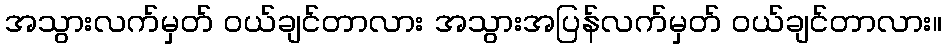
အသွားလက်မှတ် ဝယ်ချင်တာလား အသွားအပြန်လက်မှတ် ဝယ်ချင်တာလား။